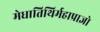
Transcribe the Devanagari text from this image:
मेधातिथिर्महाप्राज्ञो